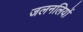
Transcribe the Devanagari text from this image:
जलनलियों